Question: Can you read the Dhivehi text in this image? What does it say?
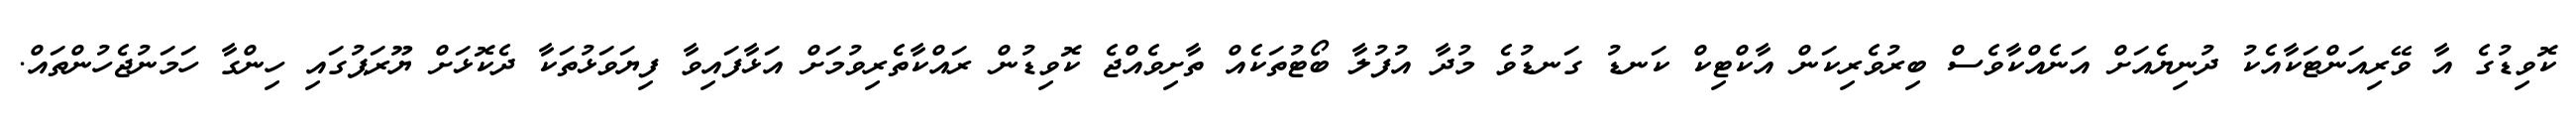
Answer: ކޮވިޑުގެ އާ ވޭރިއަންޓަކާއެކު ދުނިޔެއަށް އަނެއްކާވެސް ބިރުވެރިކަން އާކްޓިކް ކަނޑު ގަނޑުވެ މުދާ އުފުލާ ބޯޓުތަކެއް ތާށިވެއްޖެ ކޮވިޑުން ރައްކާތެރިވުމަށް އަޅާފައިވާ ފިޔަވަޅުތަކާ ދެކޮޅަށް ޔޫރަޕުގައި ހިންގާ ހަމަނުޖެހުންތައް.